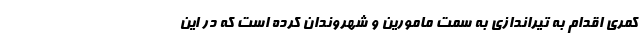
کمری اقدام به تیراندازی به سمت مامورین و شهروندان کرده است که در این